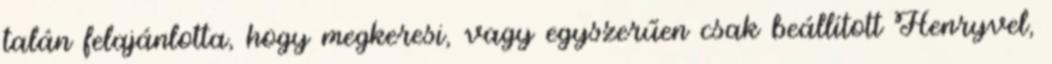
talán felajánlotta, hogy megkeresi, vagy egyszerűen csak beállított Henryvel,